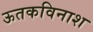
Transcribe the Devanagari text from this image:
ऊतकविनाश